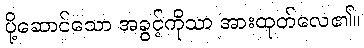
ပို့ဆောင်သော အခွင့်ကိုသာ အားထုတ်လေ၏။